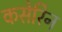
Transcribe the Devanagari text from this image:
कसेरिन